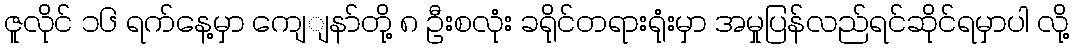
ဇူလိုင် ၁၆ ရက်နေ့မှာ ကျေျနာ်တို့ ၈ ဦးစလုံး ခရိုင်တရားရုံးမှာ အမှုပြန်လည်ရင်ဆိုင်ရမှာပါ လို့